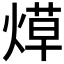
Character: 𬊳